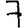
Digit: 7